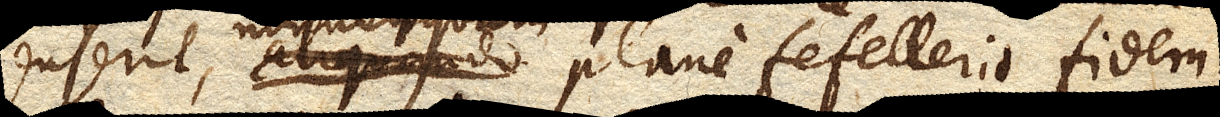
senserit, nonnunquam plane fefellerit fidem,